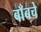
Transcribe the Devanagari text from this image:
बाँबचे